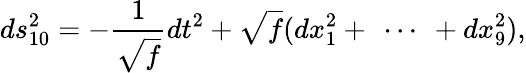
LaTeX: ds_{10}^{2}=-\frac{1}{\sqrt{f}}dt^{2}+\sqrt{f}(dx_{1}^{2}+\ \cdots\ +dx_{9}^{2}),